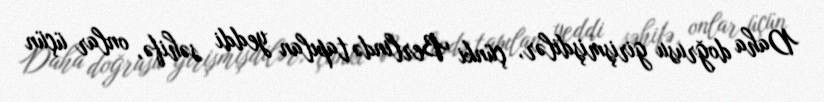
Daha doğrusu girişmişdilər, çünki Berlində tapılan yeddi səhifə, onlar üçün